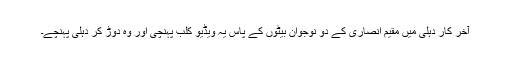
آخر کار دہلی میں مقیم انصاری کے دو نوجوان بیٹوں کے پاس یہ ویڈیو کلب پہنچی اور وہ دوڑ کر دہلی پہنچے۔